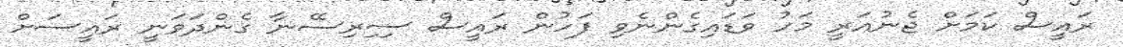
ރައީސް ކަމަށް ޖެނުއަރީ މަހު ވަޑައިގެންނެވި ފަހުން ރައީސް ސިިރިސޭނާ ގެންދަވަނީ ރައީސަށް